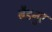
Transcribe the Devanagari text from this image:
बैडनुर